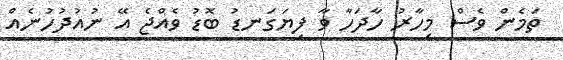
ތަމެން ވެސް މިހާރު ހާދަހާ ވާ ފިޔަގަނޑު ބޮޑު ވެއްޖެ އޭ ނުއުދުހުނެއް